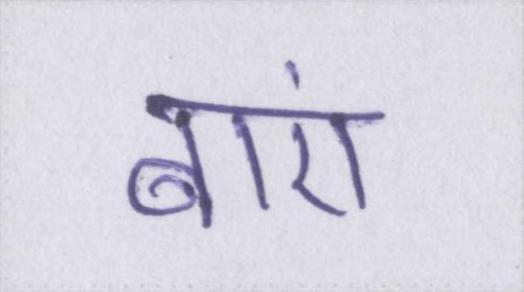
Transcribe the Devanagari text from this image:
बाएं